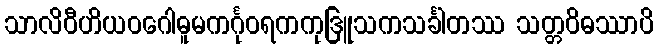
သာလိဝီဟိယဝဂေါဓူမကင်္ဂုဝရကကုဒြူသကသင်္ခါတဿ သတ္တဝိဓဿာပိ